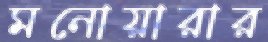
মনোয়ারার